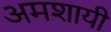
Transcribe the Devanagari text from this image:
अमशायी